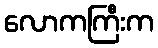
လောကကြီးက